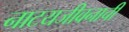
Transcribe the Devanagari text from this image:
नाटयजीवनाची